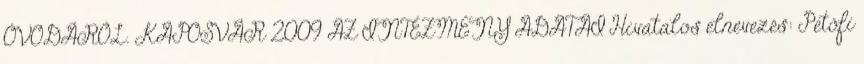
ÓVODÁRÓL. KAPOSVÁR 2009 AZ INTÉZMÉNY ADATAI Hivatalos elnevezés: Petőfi